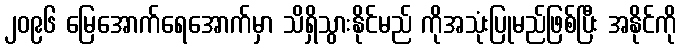
၂၀၉၆ မြေအောက်ရေအောက်မှာ သိရှိသွားနိုင်မည် ကိုအသုံးပြုမည်ဖြစ်ပြီး အနိုင်ကို